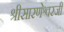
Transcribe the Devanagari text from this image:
श्रीसारणेश्वरजी